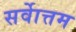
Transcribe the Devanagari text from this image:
सर्वाेत्तम